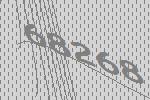
68268